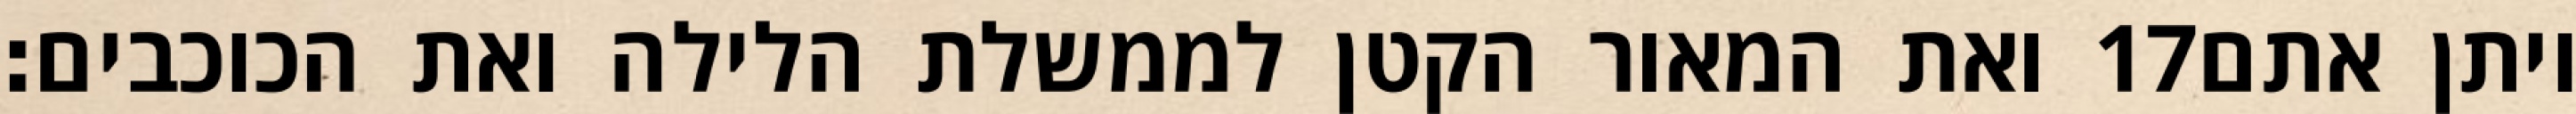
ואת המאור הקטן לממשלת הלילה ואת הכוכבים׃ ‎17‏ ויתן אתם